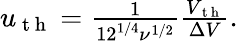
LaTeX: \begin{array}{r}{u_{\mathrm{~t~h~}}=\frac{1}{12^{1/4}\nu^{1/2}}\frac{V_{\mathrm{~t~h~}}}{\Delta V}.}\end{array}